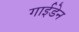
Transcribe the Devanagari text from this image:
गाईडेन